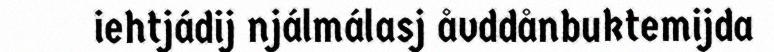
iehtjádij njálmálasj åvddånbuktemijda